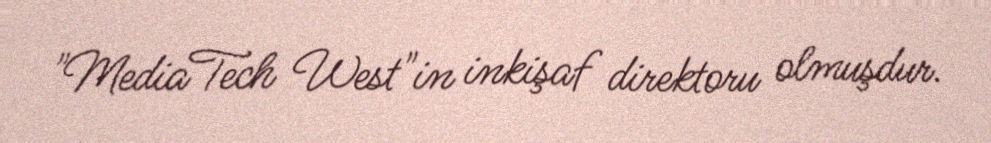
"MediaTech West"in inkişaf direktoru olmuşdur.